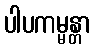
ပါပကမ္မန္တာ